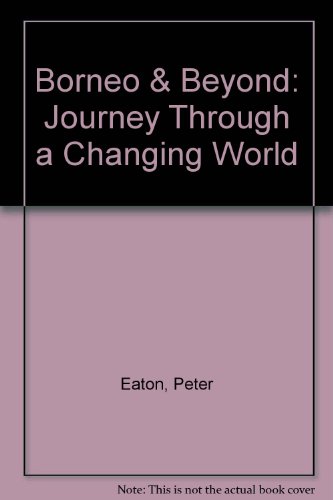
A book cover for Borneo & Beyond: Journey Through a Changing World; Peter Eaton; Travel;